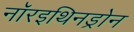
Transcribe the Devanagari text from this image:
नॉरइथिनड्रोन